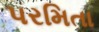
પરમિતા